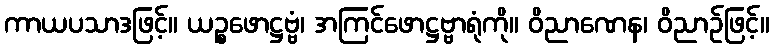
ကာယပသာဒဖြင့်။ ယဉ္စဖောဋ္ဌဗ္ဗံ၊ အကြင်ဖောဋ္ဌဗ္ဗာရုံကို။ ဝိညာဏေန၊ ဝိညာဉ်ဖြင့်။